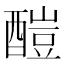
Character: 𨢉